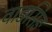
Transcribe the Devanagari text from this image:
वाङसिङ